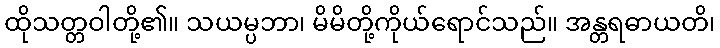
ထိုသတ္တဝါတို့၏။ သယမ္ပဘာ၊ မိမိတို့ကိုယ်ရောင်သည်။ အန္တရဓာယတိ၊